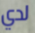
لدي